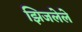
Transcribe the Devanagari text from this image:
झिजलेले